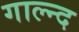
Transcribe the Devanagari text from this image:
गाल्न्द